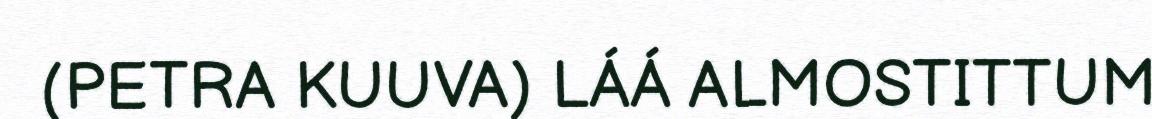
(PETRA KUUVA) LÁÁ ALMOSTITTUM